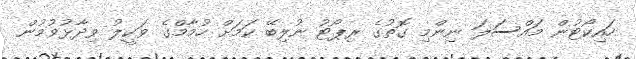
ހައިކޯޓުން މައްސަލަ ނިންމި ގޮތުގެ ރިޕޯޓު ނުލިބޭ ކަމަށް ހުމާމްގެ ވަކީލު ވިދާޅުވުމުން